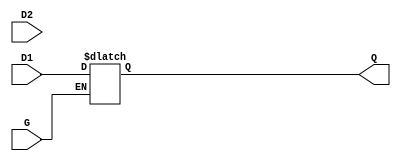
module dual_input_gated_latch (
    input wire D1,      // First data input
    input wire D2,      // Second data input
    input wire G,       // Gate control signal
    output reg Q        // Output that represents the stored value
);

    always @(*) begin
        if (G) begin
            // When G is high, prioritize D1 over D2
            Q = D1; // You can change this to Q = D2; if you want to prioritize D2
        end
        // When G is low, retain the last value of Q
    end

endmodule